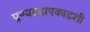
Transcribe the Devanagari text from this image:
पुण्यप्रदाएकादशी